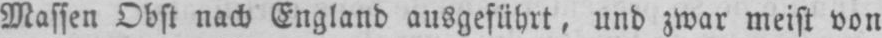
Massen Obst nach England ausgeführt, und zwar meist von